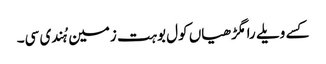
کسے ویلے رامگڑھیاں کول بوہت زمین ہُندی سی۔